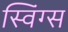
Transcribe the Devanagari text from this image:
स्विंग्स